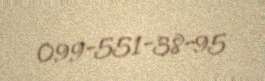
099-551-38-95